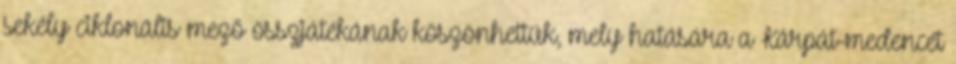
sekély ciklonális mező összjátékának köszönhettük, mely hatására a Kárpát-medencét